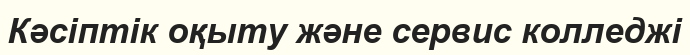
Кәсіптік оқыту және сервис колледжі